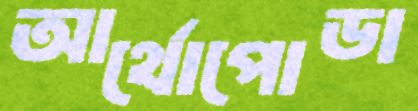
আর্থোপোডা